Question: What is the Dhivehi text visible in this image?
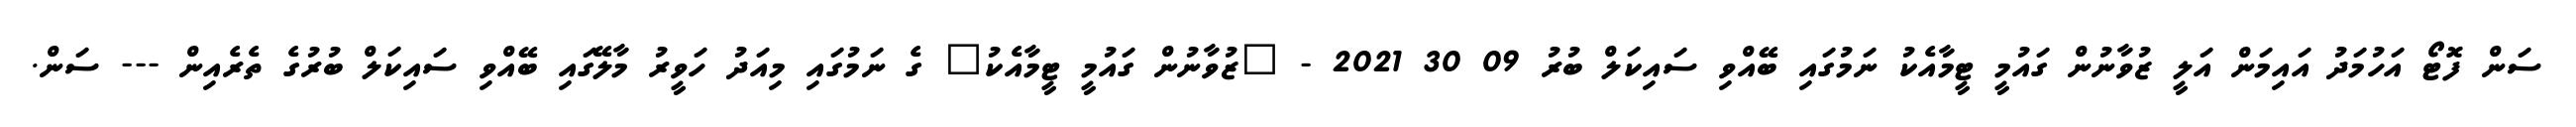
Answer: ސަން ފޮޓޯ އަހުމަދު އައިމަން އަލީ ޒުވާނުން ގައުމީ ޓީމާއެކު ނަމުގައި ބޭއްވި ސައިކަލް ބުރު 09 30 2021 - "ޒުވާނުން ގައުމީ ޓީމާއެކު" ގެ ނަމުގައި މިއަދު ހަވީރު މާލޭގައި ބޭއްވި ސައިކަލް ބުރުގެ ތެރެއިން --- ސަން.